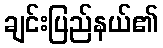
ချင်းပြည်နယ်၏